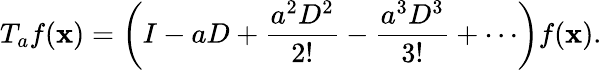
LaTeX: T_{a}f(\mathbf{x})=\left(I-aD+{\frac{{a^{2}D^{2}}}{{2!}}}-{\frac{{a^{3}D^{3}}}{{3!}}}+\cdots\right)f(\mathbf{x}).